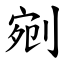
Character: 剜